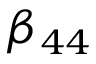
\beta _ { 4 4 }